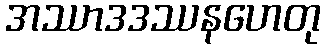
အဿာဒဒဿနဟေတု